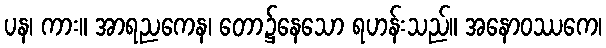
ပန၊ ကား။ အာရညကေန၊ တော၌နေသော ရဟန်းသည်။ အနောဝဿကေ၊